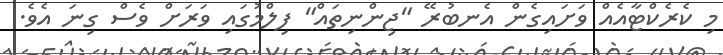
މި ކެރެކްޓާއެއް ވަށައިގެން އެނބުރޭ "ޖިންނިތައް" ފިލްމުގައި ވަރަށް ވެސް ގިނަ އެވެ.